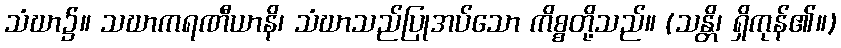
သံဃာ၌။ သဃာကရဏီယာနိ၊ သံဃာသည်ပြုအပ်သော ကိစ္စတို့သည်။ (သန္တိ၊ ရှိကုန်၏။)